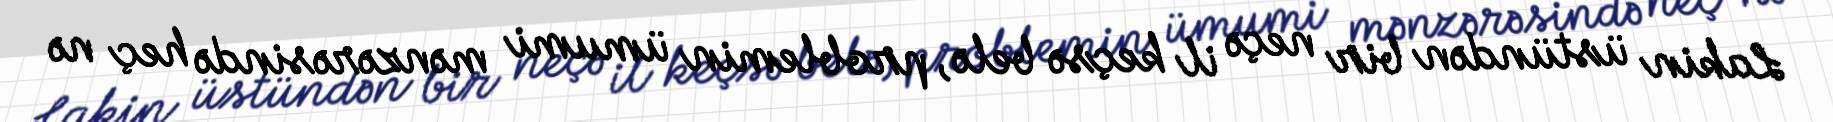
Lakin üstündən bir neçə il keçsə belə, problemin ümumi mənzərəsində heç nə